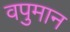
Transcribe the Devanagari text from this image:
वपुमान